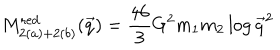
LaTeX: M _ { 2 ( a ) + 2 ( b ) } ^ { \mathrm { r e d } } ( \vec { q } ) = { \frac { 4 6 } { 3 } } G ^ { 2 } m _ { 1 } m _ { 2 } \log \vec { q } ^ { 2 }